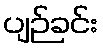
ပျဉ်ခင်း